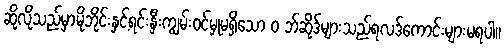
ဆိုလိုသည်မှာမိုဘိုင်းနှင့်ရင်းနှီးကျွမ်းဝင်မှုမရှိသော ၀ ဘ်ဆိုဒ်များသည်ရလဒ်ကောင်းများမရပါ။